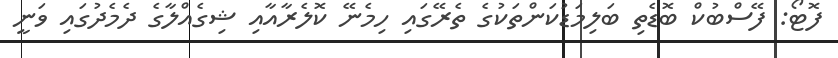
ފޮޓޯ: ފޭސްބުކް ބޮޑެތި ބަލިމަޑުކަންތަކުގެ ތެރޭގައި ހިމެނޭ ކޮލެރާއާއި ޝިގެއްލާގެ ދެމެދުގައި ވަނީ